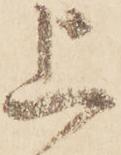
上